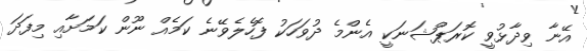
އޭނާ ވިދާޅުވީ ކޮރަޕްޝަނަކީ އެންމެ ދުވަހަކު ފޮހެލެވޭނެ ކަމެއް ނޫން ކަމަށާއި މިފަދަ